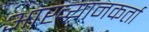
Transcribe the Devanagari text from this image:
आख्यानकर्ता